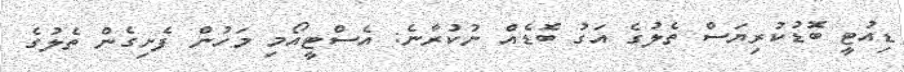
ޑިއުޓީ ބޮޑުކުރިޔަސް ތެލުގެ އަގު ބޮޑެއް ނުކުރާނެ: އެސްޓީއޯމި މަހުން ފެށިގެން ތެލުގެ